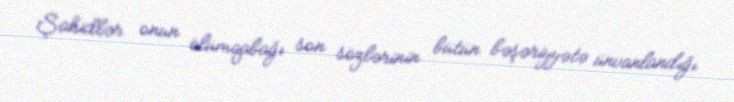
Şahidlər onun ölümqabağı son sözlərinin bütün bəşəriyyətə ünvanlandığı